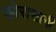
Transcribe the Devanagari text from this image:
ख़ोरासानी